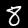
Digit: 8